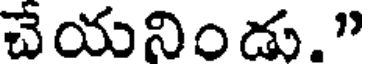
చేయనిండు."